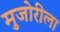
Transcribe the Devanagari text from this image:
मुजोरीला